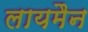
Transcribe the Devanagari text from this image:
लायमैन